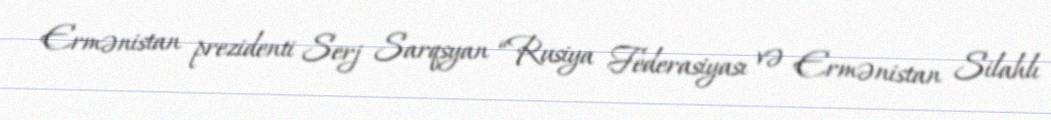
Ermənistan prezidenti Serj Sarqsyan “Rusiya Federasiyası və Ermənistan Silahlı